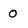
Character: O